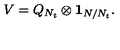
V = Q _ { N _ { t } } \otimes { \bf 1 } _ { N / N _ { t } } .